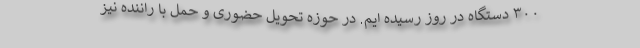
۳۰۰ دستگاه در روز رسیده ایم. در حوزه تحویل حضوری و حمل با راننده نیز